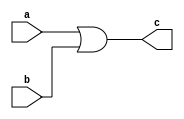
module dor(input a, input b, output c);
	assign #1 c = a || b;
endmodule